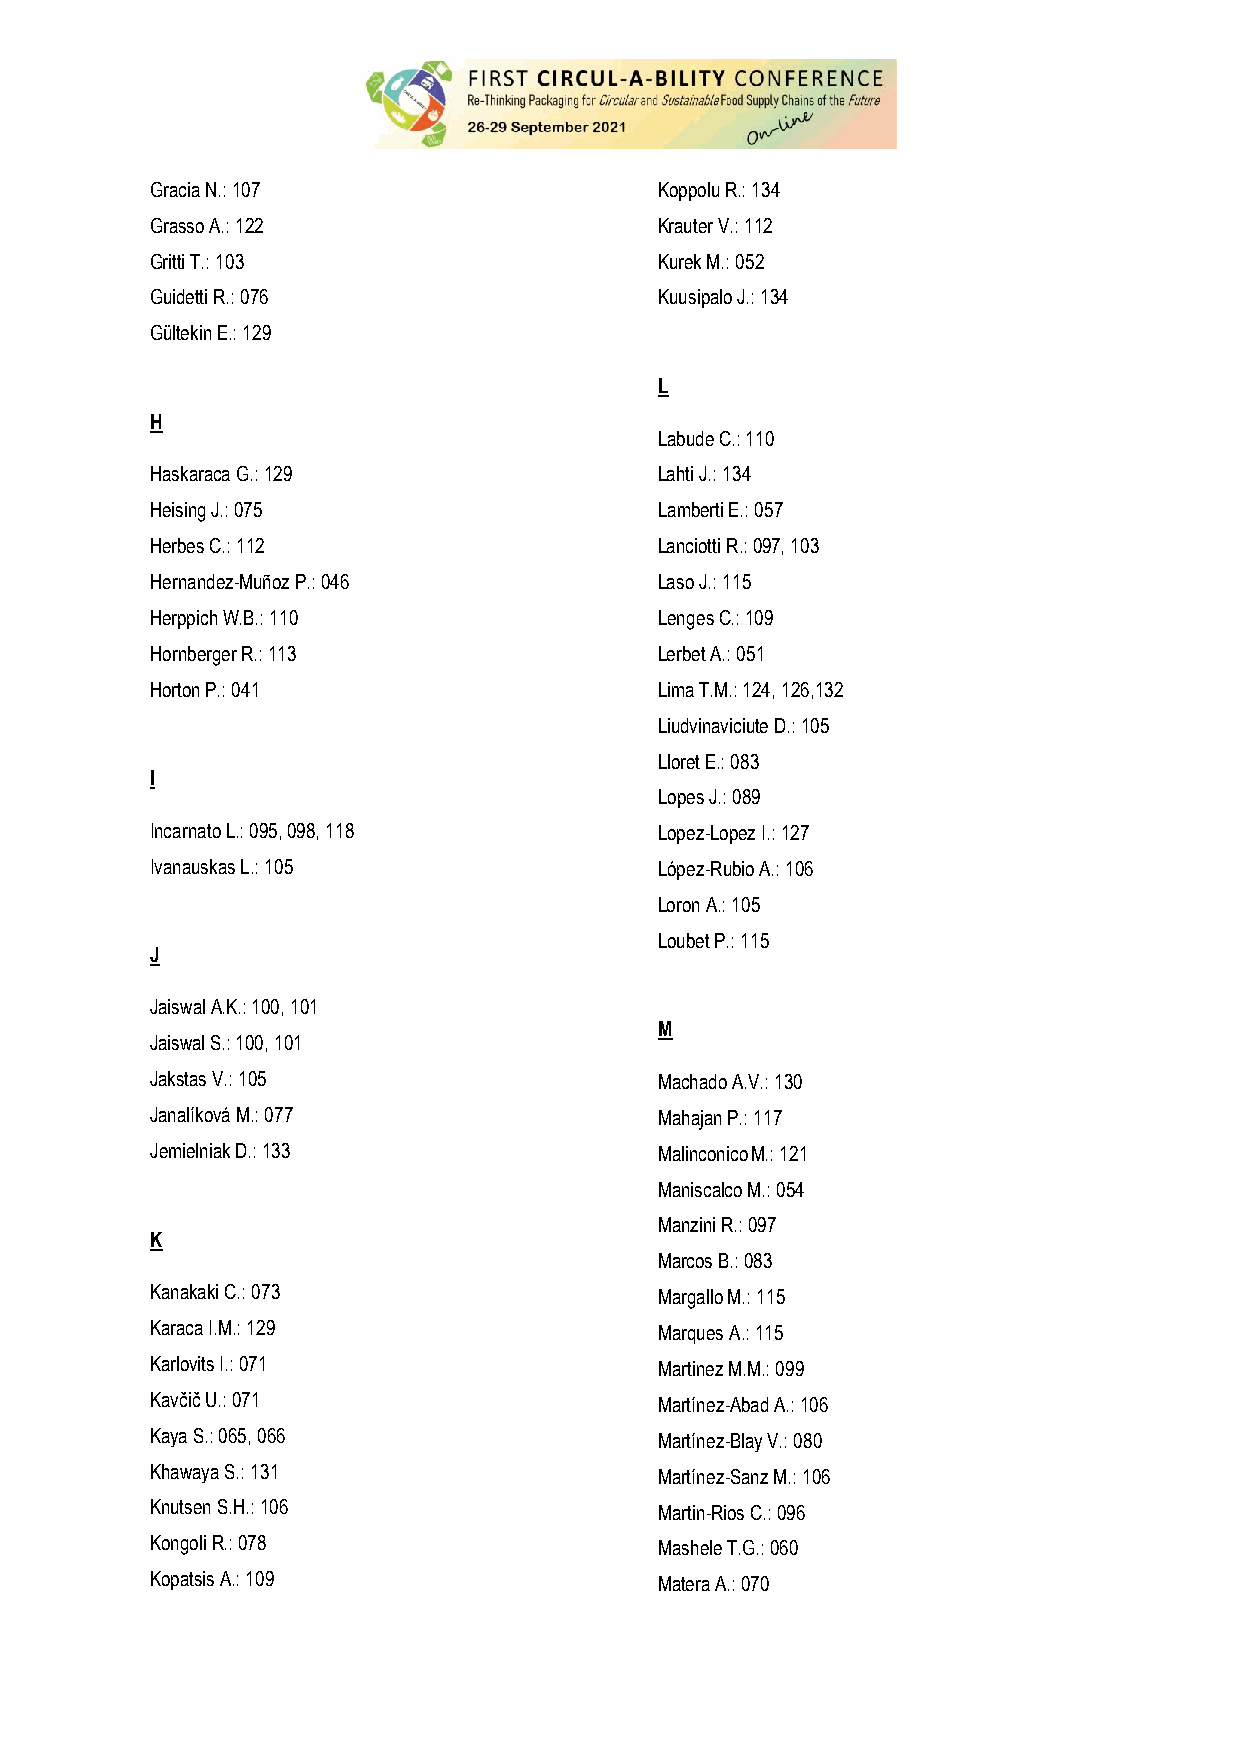
Gracia N.: 107                    Koppolu R.: 134
 Grasso A.: 122                    Krauter V.: 112
 Gritti T.: 103                    Kurek M.: 052
 Guidetti R.: 076                  Kuusipalo J.: 134
 Gültekin E.: 129
 L
 H
 Labude C.: 110
 Haskaraca G.: 129                 Lahti J.: 134
 Heising J.: 075                   Lamberti E.: 057
 Herbes C.: 112                    Lanciotti R.: 097, 103
 Hernandez-Muñoz P.: 046           Laso J.: 115
 Herppich W.B.: 110                Lenges C.: 109
 Hornberger R.: 113                Lerbet A.: 051
 Horton P.: 041                    Lima T.M.: 124, 126,132
 Liudvinaviciute D.: 105
 Lloret E.: 083
 I
 Lopes J.: 089
 Incarnato L.: 095, 098, 118       Lopez-Lopez I.: 127
 Ivanauskas L.: 105                López-Rubio A.: 106
 Loron A.: 105
 Loubet P.: 115
 J
 Jaiswal A.K.: 100, 101
 M
 Jaiswal S.: 100, 101
 Jakstas V.: 105                   Machado A.V.: 130
 Janalíková M.: 077                Mahajan P.: 117
 Jemielniak D.: 133                Malinconico M.: 121
 Maniscalco M.: 054
 Manzini R.: 097
 K
 Marcos B.: 083
 Kanakaki C.: 073                  Margallo M.: 115
 Karaca I.M.: 129                  Marques A.: 115
 Karlovits I.: 071                 Martinez M.M.: 099
 Kavčič U.: 071                    Martínez-Abad A.: 106
 Kaya S.: 065, 066                 Martínez-Blay V.: 080
 Khawaya S.: 131                   Martínez-Sanz M.: 106
 Knutsen S.H.: 106                 Martin-Rios C.: 096
 Kongoli R.: 078                   Mashele T.G.: 060
 Kopatsis A.: 109                  Matera A.: 070